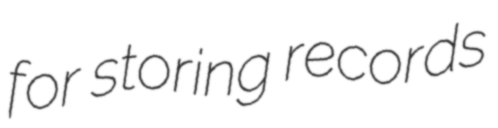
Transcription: for storing records